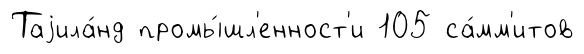
Таjила́нд промы́шл'енност'и 105 са́мм'итов